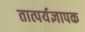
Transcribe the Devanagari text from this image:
तात्पर्यज्ञापक